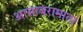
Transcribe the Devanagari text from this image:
आसावरामाता